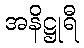
အနိဋ္ဌုရီ